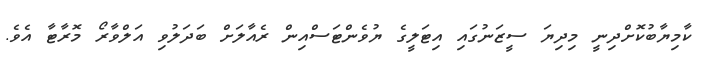
ކާމިޔާބުކޮށްދިނީ މިދިޔަ ސީޒަނުގައި އިޓަލީގެ ޔުވެންޓަސްއިން ރެއާލަށް ބަދަލުވި އަލްވާރޯ މޮރާޓާ އެވެ.